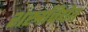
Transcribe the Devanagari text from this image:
शस्त्रविद्येत